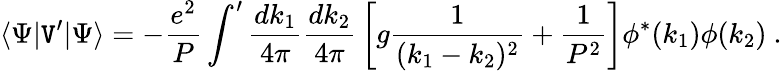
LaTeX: \langle\Psi|\mathtt{V}^{\prime}|\Psi\rangle=-{\frac{{e^{2}}}{{P}}}\int^{\prime}{\frac{{dk_{1}}}{{4\pi}}}{\frac{{dk_{2}}}{{4\pi}}}\left[g{\frac{{1}}{{(k_{1}-k_{2})^{2}}}}+{\frac{{1}}{{P^{2}}}}\right]\phi^{*}(k_{1})\phi(k_{2})\ .